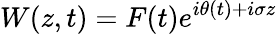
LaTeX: W(z,t)=F(t)e^{i\theta(t)+i\sigma z}